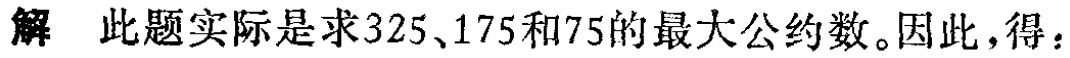
解 此题实际是求325、175和75的最大公约数。因此，得：